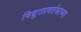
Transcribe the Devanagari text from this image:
विद्युतप्रवर्तकाच्या